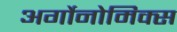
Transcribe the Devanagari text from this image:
अर्गोनोमिक्स